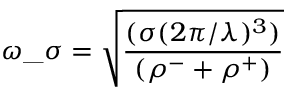
\omega \_ \sigma = \sqrt { \frac { ( \sigma ( { 2 \pi } / { \lambda } ) ^ { 3 } ) } { ( \rho ^ { - } + \rho ^ { + } ) } }